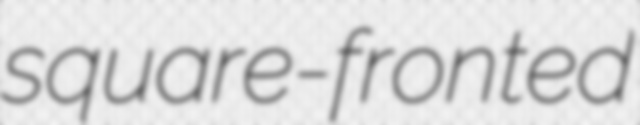
square-fronted